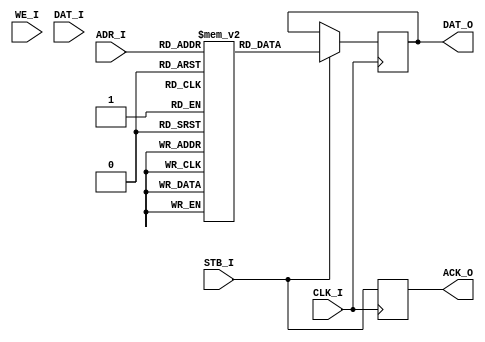
module rom_wishbone #(parameter ADDRESS_WIDTH=8, DATA_WIDTH=8, DEPTH=256, MEMFILE="") (
	input wire CLK_I,
	input wire STB_I,
	input wire WE_I,
	input wire [ADDRESS_WIDTH-1:0] ADR_I,
	input wire [DATA_WIDTH-1:0] DAT_I,
	output reg [DATA_WIDTH-1:0] DAT_O,
	output reg ACK_O
	);

	reg [DATA_WIDTH-1:0] memory [0:DEPTH-1];

	initial begin
		if (MEMFILE > 0) begin
			$display("Loading ROM memory file: " + MEMFILE);
			$readmemh(MEMFILE, memory);
		end
	end

	always @ (posedge CLK_I) begin
		if (STB_I) begin
			DAT_O <= memory[ADR_I];
		end
		ACK_O <= STB_I;
	end
endmodule